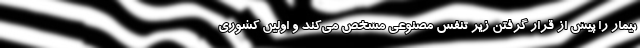
بیمار را پیش از قرار گرفتن زیر تنفس مصنوعی مشخص می‌کند و اولین کشوری